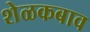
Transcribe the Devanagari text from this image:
शेळकबाव